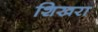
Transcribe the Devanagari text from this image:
शिखरा